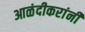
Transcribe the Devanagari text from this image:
आळंदीकरांनी